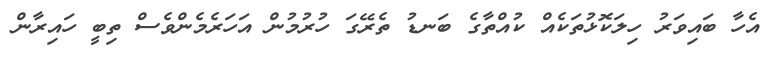
އެހާ ބައިވަރު ހިލަކޮޅުތަކެއް ކުއްތާގެ ބަނޑު ތެރޭގަ ހުރުމުން އަހަރެމެންވެސް ތިބީ ހައިރާން